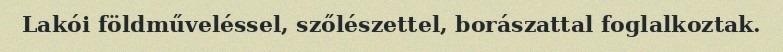
Lakói földműveléssel, szőlészettel, borászattal foglalkoztak.